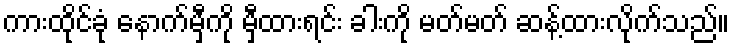
ကားထိုင်ခုံ နောက်မှီကို မှီထားရင်း ခါးကို မတ်မတ် ဆန့်ထားလိုက်သည်။